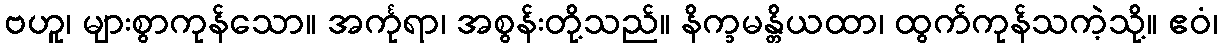
ဗဟူ၊ များစွာကုန်သော။ အင်္ကုရာ၊ အစွန်းတို့သည်။ နိက္ခမန္တိယထာ၊ ထွက်ကုန်သကဲ့သို့။ ဧဝံ၊